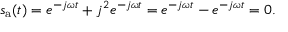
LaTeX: s _ { \mathrm { a } } ( t ) = e ^ { - j \omega t } + j ^ { 2 } e ^ { - j \omega t } = e ^ { - j \omega t } - e ^ { - j \omega t } = 0 .